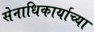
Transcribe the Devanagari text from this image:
सेनाधिकार्याच्या